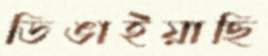
ডিঙাইয়াছি